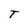
Character: T